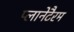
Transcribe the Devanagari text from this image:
प्लानेटैरम